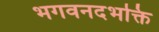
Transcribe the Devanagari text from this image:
भगवनदभक्ति